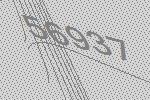
56937